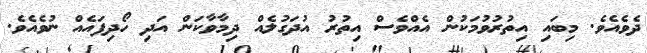
ދެވެއެވެ. މިބައި އިތުރުވުމަކުން އެއްވެސް އިތުރު އުދަގުލެއް ދިމާވާކަން އަދި ހޯދިފައެއް ނުވެއެވެ.